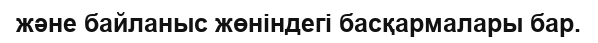
және байланыс жөніндегі басқармалары бар.